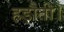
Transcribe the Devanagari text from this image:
हड़ौती।